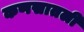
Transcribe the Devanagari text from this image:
कणसातली